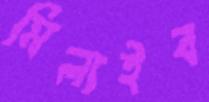
মিলাইব